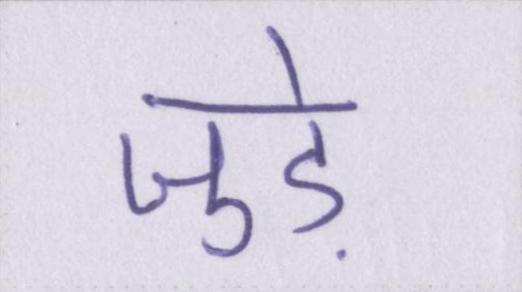
जुडे़